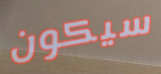
سيكون